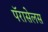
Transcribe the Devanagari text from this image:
पॅरासेलस